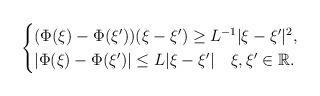
LaTeX: \begin{align*}\begin{cases}(\Phi(\xi)-\Phi(\xi'))(\xi-\xi')\geq L^{-1}|\xi-\xi'|^{2},\\|\Phi(\xi)-\Phi(\xi')|\leq L|\xi-\xi'| \quad\xi,\xi'\in\mathbb{R}.\end{cases}\end{align*}